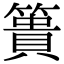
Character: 簣